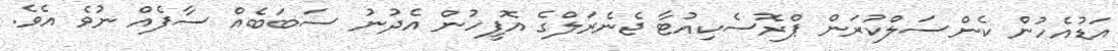
އަޑުއެހުން ކެންސަލްކުރަން ޕްރޮސެކިއުޓާ ޖެނެރަލްގެ އޮފީހުން އެދުނު ސަބަބެއް ސާފެއް ނުވެ އެވެ.